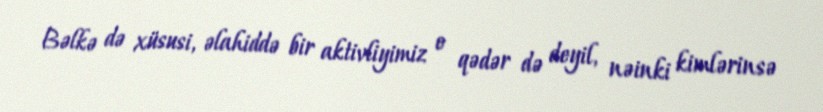
Bəlkə də xüsusi, əlahiddə bir aktivliyimiz o qədər də deyil, nəinki kimlərinsə